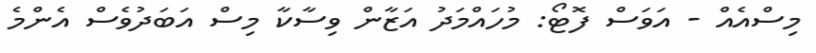
މިސްއެއް - އަވަސް ފޮޓޯ: މުހައްމަދު އަޒާން ވިސާކާ މިސް އަބަދުވެސް އެންމެ